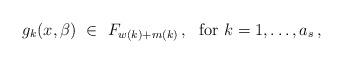
LaTeX: \begin{align*} g_k(x,\beta)\ \in\ F_{w(k)+m(k)}\,,\ \mbox{ for } k=1,\dotsc,a_s\,,\end{align*}